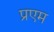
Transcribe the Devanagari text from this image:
प्रएम